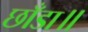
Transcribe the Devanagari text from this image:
छाँडा॥